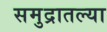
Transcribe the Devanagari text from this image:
समुद्रातल्या